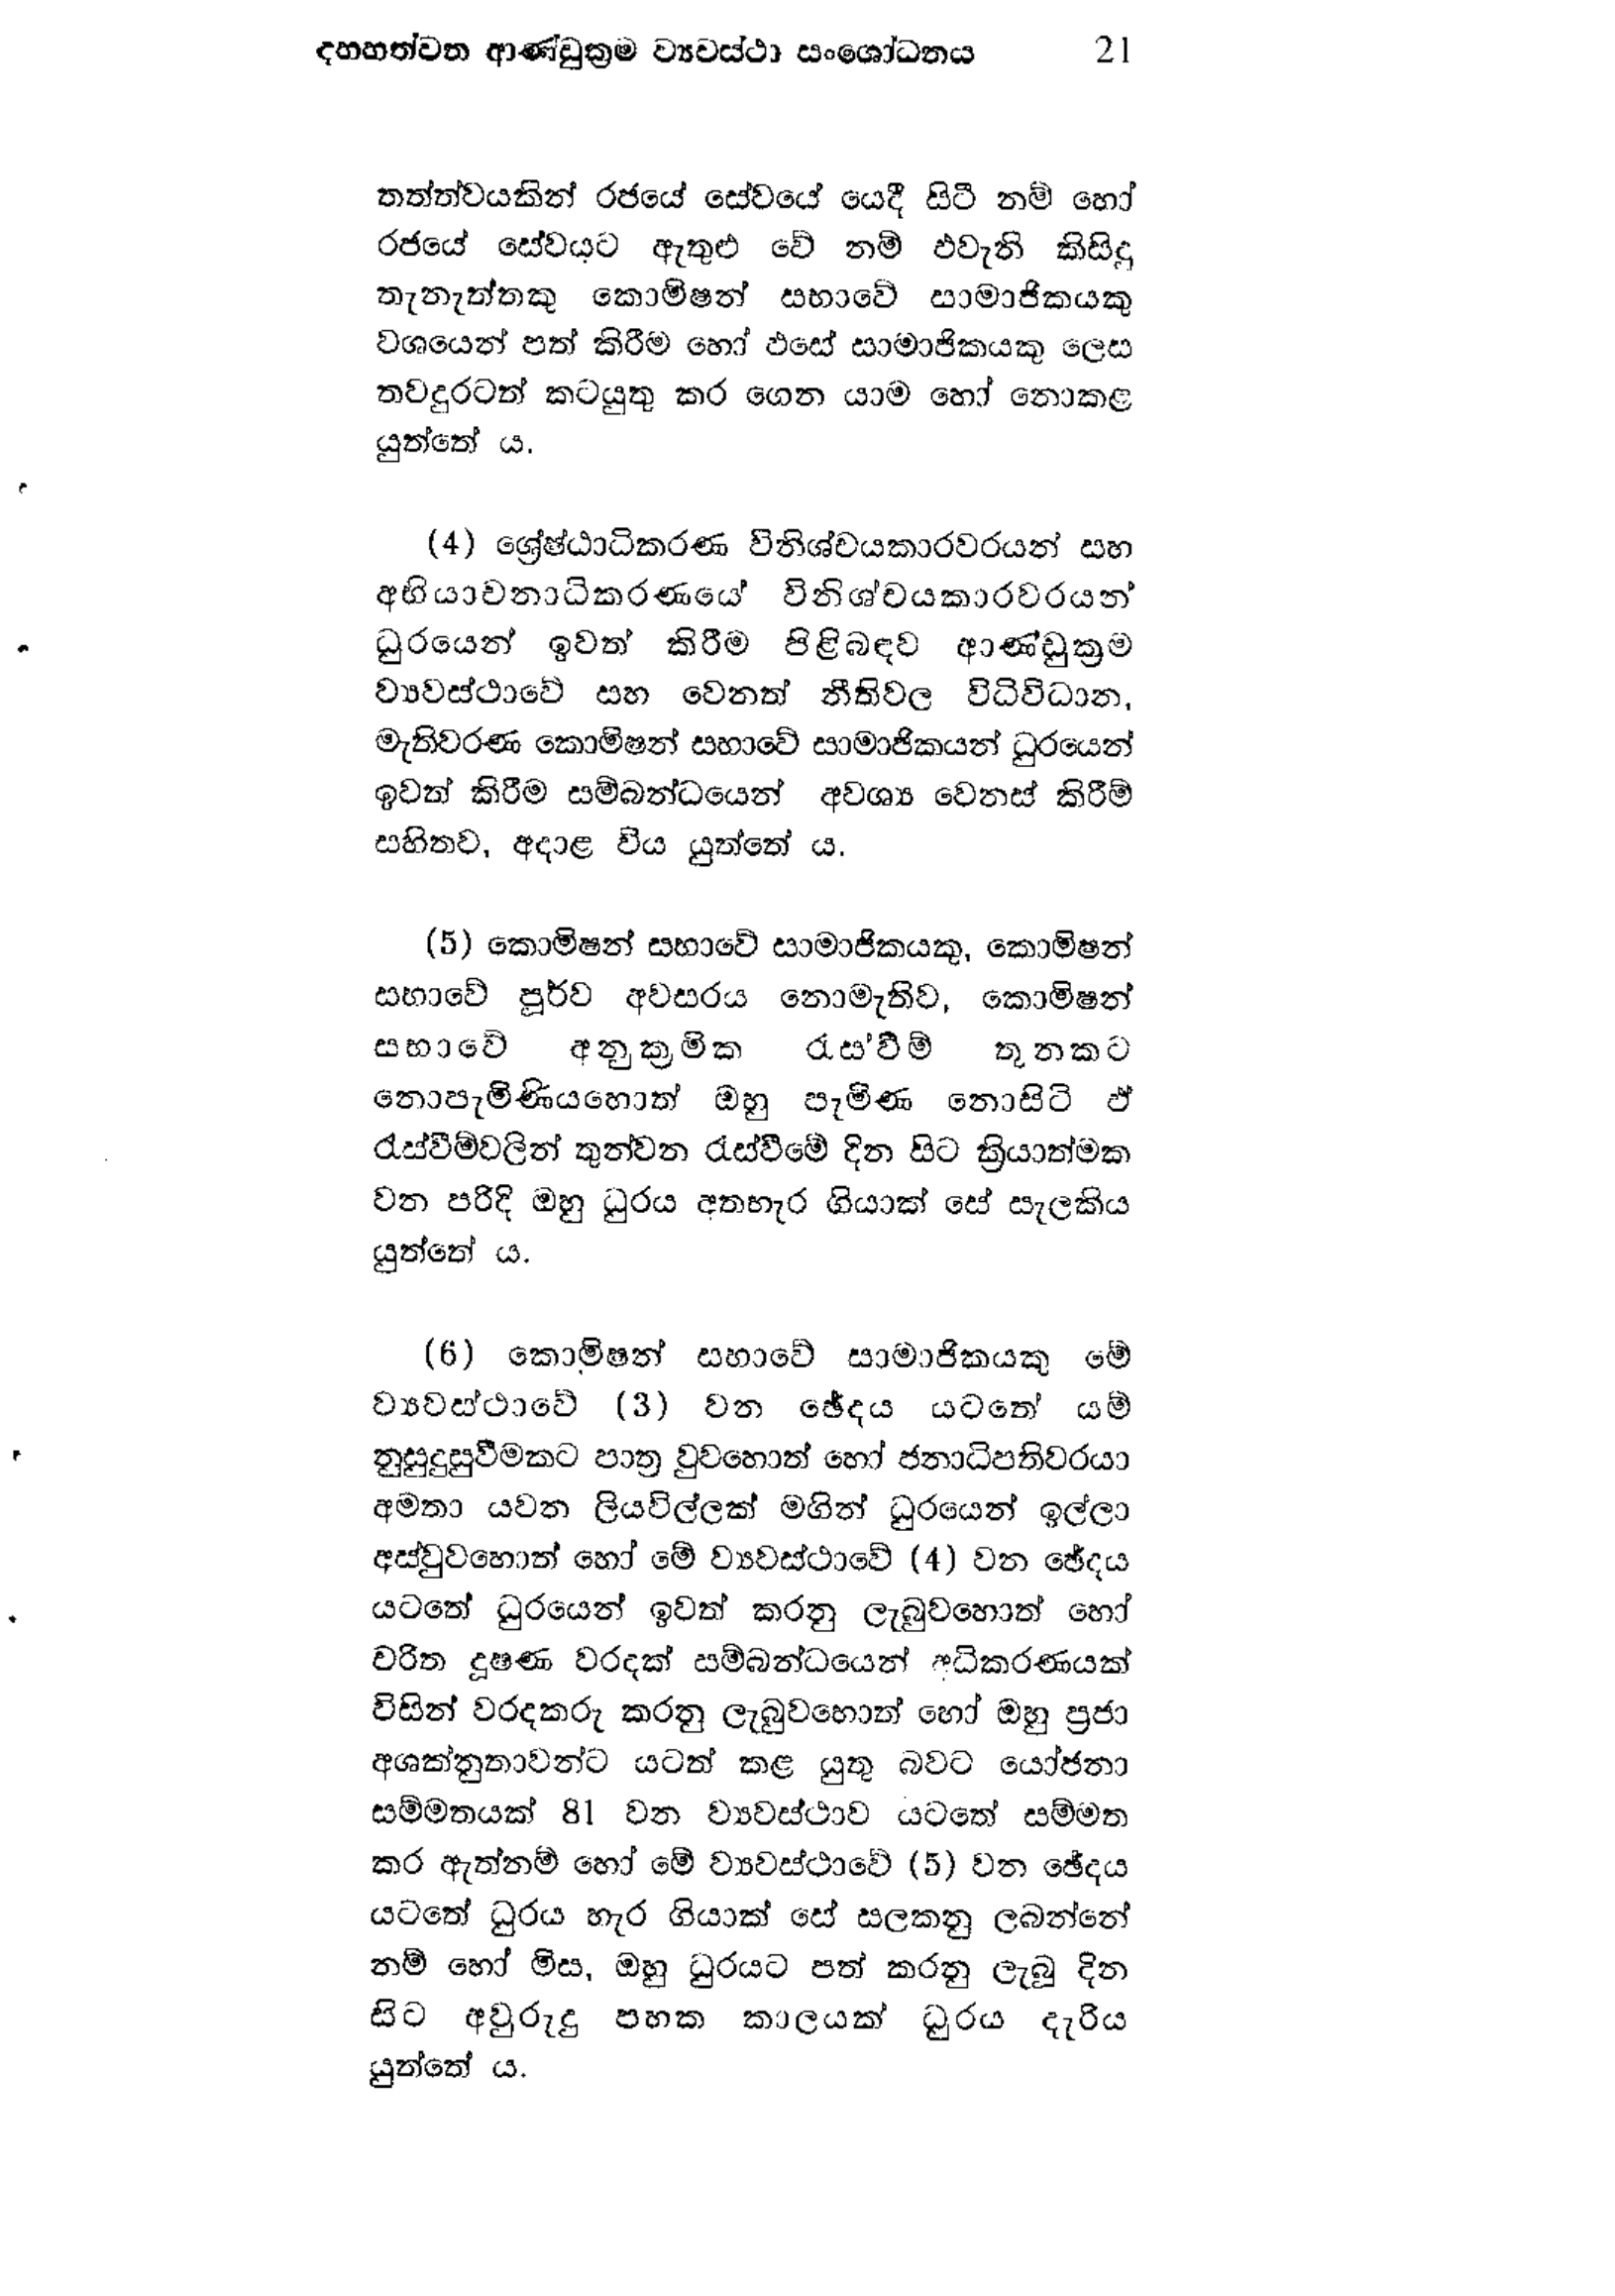
දහහත්වන ආණ්ඩුක්‍රම ව්‍යවස්ථා සංශෝධනය 21

තත්ත්වයකින් රජයේ සේවයේ යෙදී සිටී නම් හෝ
රජයේ සේවයට ඇතුළු වේ නම් එවැනි කිසිදු
තැනැත්තකු කොමිෂන් සභාවේ සාමාජිකයකු
වශයෙන් පත් කිරීම හෝ එසේ සාමාජිකයකු ලෙස
තවදුරටත් කටයුතු කර ගෙන යාම හෝ නොකළ
යුත්තේය.

(4) ශ්‍රේෂ්ඨාධිකරණ විනිශ්චයකාරවරයන් සහ
අභියාචනාධිකරණයේ විනිශ්චයකාරවරයන්
ධුරයෙන් ඉවත් කිරීම පිළිබඳව ආණ්ඩුක්‍රම
ව්‍යවස්ථාවේ සහ වෙනත් නීති වල විධිවිධාන,
මැතිවරණ කොමිෂන් සභාවේ සාමාජිකයන් ධුරයෙන්
ඉවත් කිරීම සම්බන්ධයෙන් අවශ්‍ය වෙනස් කිරීම්
සහිතව, අදාළ විය යුත්තේ ය.

(5) කොමිෂන් සභාවේ සාමාජිකයකු, කොමිෂන්
සභාවේ පූර්ව අවසරය නොමැතිව, කොමිෂන්
සභාවේ අනුක්‍රමික රැස්වීම් තුනකට
නොපැමිණියහොත් ඔහු පැමිණ නොසිටි ඒ
රැස්වීම් වලින් තුන්වන රැස්වීමේ දින සිට ක්‍රියාත්මක
වන පරිදි ඔහු ධුරය අතහැර ගියාක් සේ සැලකිය
යුත්තේ ය.

(6) කොමිෂන් සභාවේ සාමාජිකයකු මේ
ව්‍යවස්ථාවේ (3) වන ඡේදය යටතේ යම්
නුසුදුසු වීමකට පාත්‍ර වුවහොත් හෝ ජනාධිපතිවරයා
අමතා යවන ලියවිල්ලක් මගින් ධුරයෙන් ඉල්ලා
අස් වුවහොත් හෝ මේ ව්‍යවස්ථාවේ (4) වන ඡේදය
යටතේ ධුරයෙන් ඉවත් කරනු ලැබුවහොත් හෝ
චරිත දූෂණ වරදක් සම්බන්ධයෙන් අධිකරණයක්
විසින් වරදකරු කරනු ලැබුවහොත් හෝ ඔහු ප්‍රජා
අශක්නුතාවන්ට යටත් කළ යුතු බවට යෝජනා
සම්මතයක් 81 වන ව්‍යවස්ථාව යටතේ සම්මත
කර ඇත්නම් හෝ මේ ව්‍යවස්ථාවේ (5) වන ඡේදය
යටතේ ධුරය හැර ගියාක් සේ සලකනු ලබන්නේ
නම් හෝ මිස, ඔහු ධුරයට පත් කරනු ලැබූ දින
සිට අවුරුදු පහක කාලයක් ධූරය දැරිය
යුත්තේ ය.